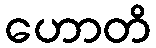
ဟောတိ